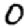
Digit: 0